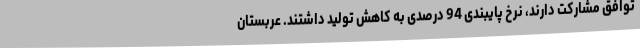
توافق مشارکت دارند، نرخ پایبندی 94 درصدی به کاهش تولید داشتند. عربستان